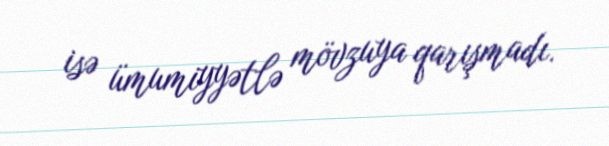
isə ümumiyyətlə mövzuya qarışmadı.